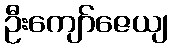
ဦးကျော်ဇေယျ